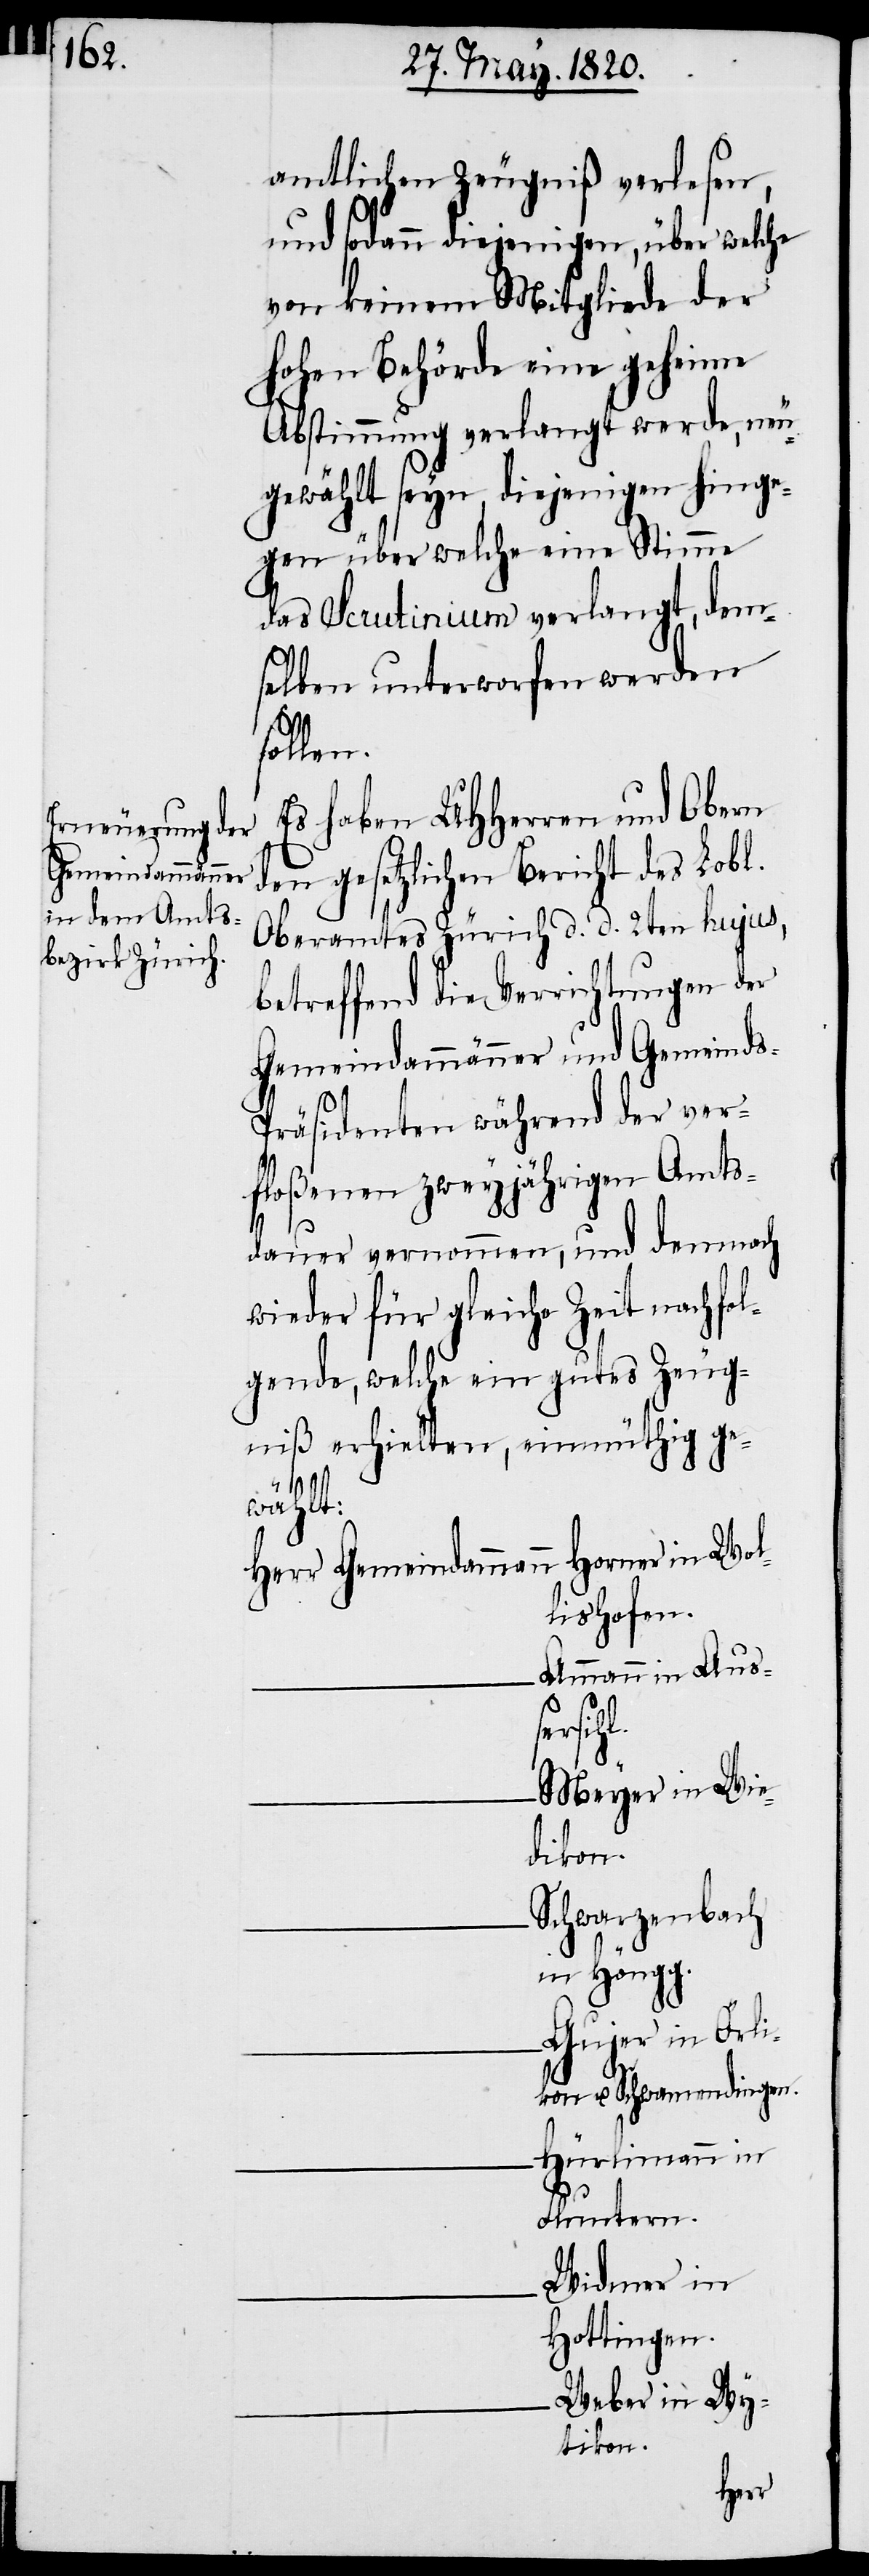
amtlichen Zeugniß verlesen,
und sodann diejenigen, über welche
von keinem Mitgliede der
hohen Behörde eine geheime
Abstimmung verlangt werde, neu¬
gewählt seyn, diejenigen hinge¬
gen über welche eine Stimme
das Scrutinium verlangt, dem¬
selben unterworfen werden
sollen.
Es haben UHherren und Obern
den gesetzlichen Bericht des Lobl.
Oberamtes Zürich d. d. 2ten hujus,
betreffend die Verrichtungen der
Gemeindammänner und Gemeind¬
räsidenten während der ver¬
floßenen zweyjährigen Amts¬
dauer vernommen, und demnach
wieder für gleiche Zeit nachfol¬
gende, welche ein gutes Zeug¬
niß erhielten, einmüthig ge¬
wählt:
n	Hornes in Wol¬
Herr Gemeindamman¬
lishofen.
Ammann in Aus¬
Meyer in Wie¬
dikon.
Schwarzenbach
in Höngg.
Gujer in Ör¬
kon u. Schwamendingen.
Hürlimann in
Fluntern.
Widmer in
Hottingen.
Huber in Wy¬
tikon.
li¬